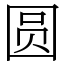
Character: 圆